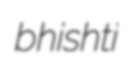
bhishti